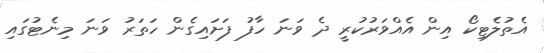
އެތުލެޓިކޯ އިން އެއްވަރުކުރީ ދެ ވަނަ ހާފު ފަށައިގެން ހަތަރު ވަނަ މިނެޓުގައި